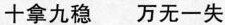
十拿九稳 万无一失